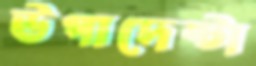
উপাদেষ্টা